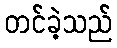
တင်ခဲ့သည်